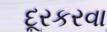
દૂરકરવા